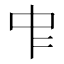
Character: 𠁦